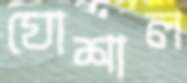
ঘোশাল